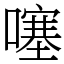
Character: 噻